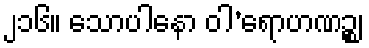
၂၁၆။ သောပါနော ဝါ’ရောဟဏဉ္စ၊